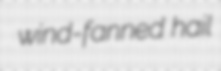
wind-fanned hail